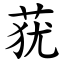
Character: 莸